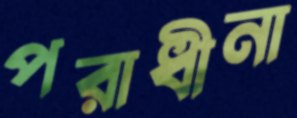
পরাধীনা